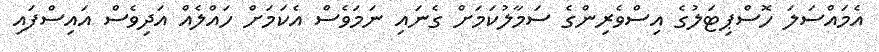
އެމައްސަލަ ހޮސްޕިޓަލުގެ އިސްވެރިންގެ ސަމާލުކަމަށް ގެނައި ނަމަވެސް އެކަމަށް ހައްލެއް އަދިވެސް އައިސްފައި